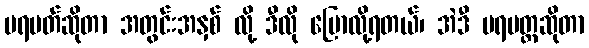
ပရမတ်ဆိုတာ အတွင်းအနှစ် လို့ ဒီလို ပြောလို့ရတယ်၊ အဲဒီ ပရမတ္ထဆိုတာ